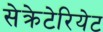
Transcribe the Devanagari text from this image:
सेक्रेटेरियेट